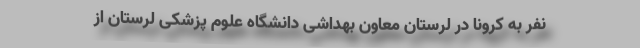
نفر به کرونا در لرستان معاون بهداشی دانشگاه علوم پزشکی لرستان از